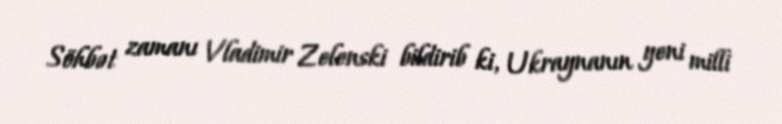
Söhbət zamanı Vladimir Zelenski bildirib ki, Ukraynanın yeni milli